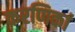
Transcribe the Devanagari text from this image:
करणिकां